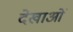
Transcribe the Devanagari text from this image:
देखाओं